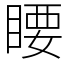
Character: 䁏